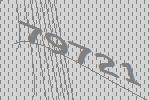
79721